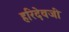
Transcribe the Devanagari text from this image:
हरिदेवजी